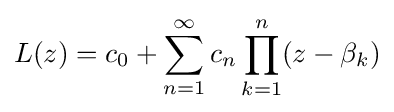
L(z)=c_{0}+\sum _{n=1}^{\infty }c_{n}\prod _{k=1}^{n}(z-\beta _{k})